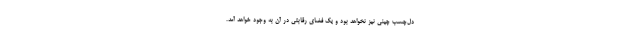
دل‌چسب چینی نیز نخواهد بود و یک فضای رقابتی در آن به وجود خواهد آمد.